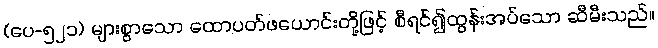
(ပေ-၅၂၁) များစွာသော ထောပတ်ဖယောင်းတို့ဖြင့် စီရင်၍ထွန်းအပ်သော ဆီမီးသည်။